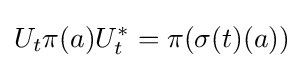
U_{t}\pi (a)U_{t}^{*}=\pi (\sigma (t)(a))